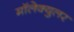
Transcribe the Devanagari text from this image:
मॉलेक्युलर